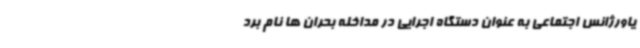
یاورژانس اجتماعی به عنوان دستگاه اجرایی در مداخله بحران ها نام برد